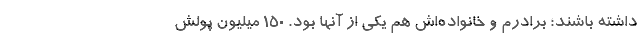
داشته باشند؛ برادرم و خانواده‌اش هم یکی از آنها بود. 150‌ میلیون پولش